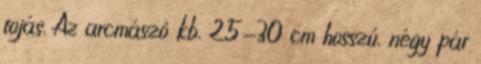
tojás. Az arcmászó kb. 25-30 cm hosszú, négy pár